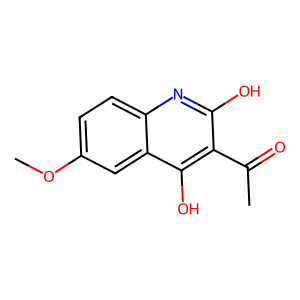
SMILES: COc1ccc2nc(O)c(C(C)=O)c(O)c2c1
Inhibits HIV replication: No